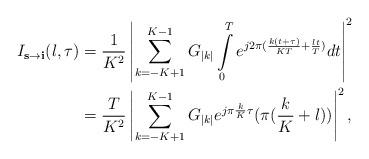
LaTeX: \begin{align*}I_{\textbf{s}\rightarrow\textbf{i}}(l,\tau) &= \frac{1}{K^2}\left|\sum\limits_{k=-K+1}^{K-1}G_{|k|} \int\limits_0^T e^{j2\pi(\frac{k(t+\tau)}{KT}+\frac{l t}{T})}dt\right|^2\\ &= \frac{T}{K^2}\left|\sum\limits_{k=-K+1}^{K-1}G_{|k|}e^{j\pi\frac{k}{K}\tau}(\pi(\frac{k}{K}+l)) \right|^2,\end{align*}